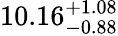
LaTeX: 10.16_{-0.88}^{+1.08}